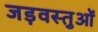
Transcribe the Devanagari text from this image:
जड़वस्तुओं